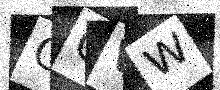
Text: GQVW